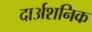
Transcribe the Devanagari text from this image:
दार्अशनिक